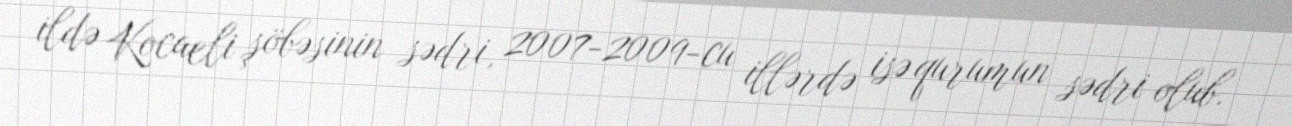
ildə Kocaeli şöbəsinin sədri, 2007-2009-cu illərdə isə qurumun sədri olub.